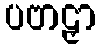
ပဗာဠှာ